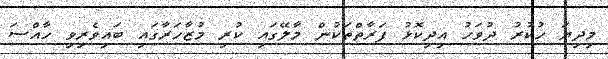
މިދިޔަ ހުކުރު ދުވަހު އިދިކޮޅު ފަރާތްތަކުން މާލޭގައި ކުރި މުޒާހަރާގައި ބައިވެރިވި ހާއްސަ